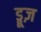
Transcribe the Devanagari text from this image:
ड्रूज़